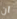
ان